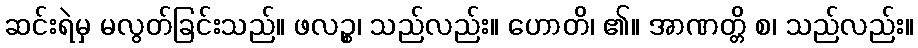
ဆင်းရဲမှ မလွတ်ခြင်းသည်။ ဖလဉ္စ၊ သည်လည်း။ ဟောတိ၊ ၏။ အာဏတ္တိ စ၊ သည်လည်း။